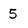
Character: 5